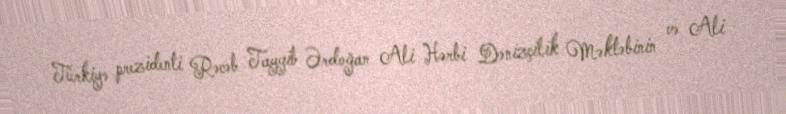
Türkiyə prezidenti Rəcəb Tayyib Ərdoğan Ali Hərbi Dənizçilik Məktəbinin və Ali